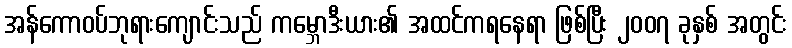
အန်ကောဝပ်ဘုရားကျောင်းသည် ကမ္ဘောဒီးယား၏ အထင်ကရနေရာ ဖြစ်ပြီး ၂၀၀၇ ခုနှစ် အတွင်း